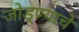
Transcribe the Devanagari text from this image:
जोड्ण्याचे